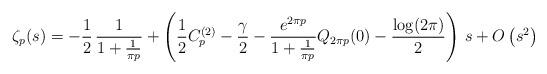
LaTeX: \begin{align*}\zeta_{p}(s)=-\frac{1}{2}\,\frac{1}{1+\frac{1}{\pi p}}+\left(\frac{1}{2}C_{p}^{(2)}-\frac{\gamma}{2}-\frac{e^{2\pi p}}{1+\frac{1}{\pi p}}Q_{2\pi p}(0)-\frac{\log(2\pi)}{2}\right)\,s+O\left(s^{2}\right)\end{align*}